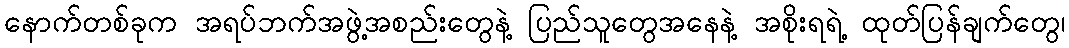
နောက်တစ်ခုက အရပ်ဘက်အဖွဲ့အစည်းတွေနဲ့ ပြည်သူတွေအနေနဲ့ အစိုးရရဲ့ ထုတ်ပြန်ချက်တွေ၊